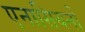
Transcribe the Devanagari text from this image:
एनासियनों